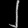
Digit: ၂